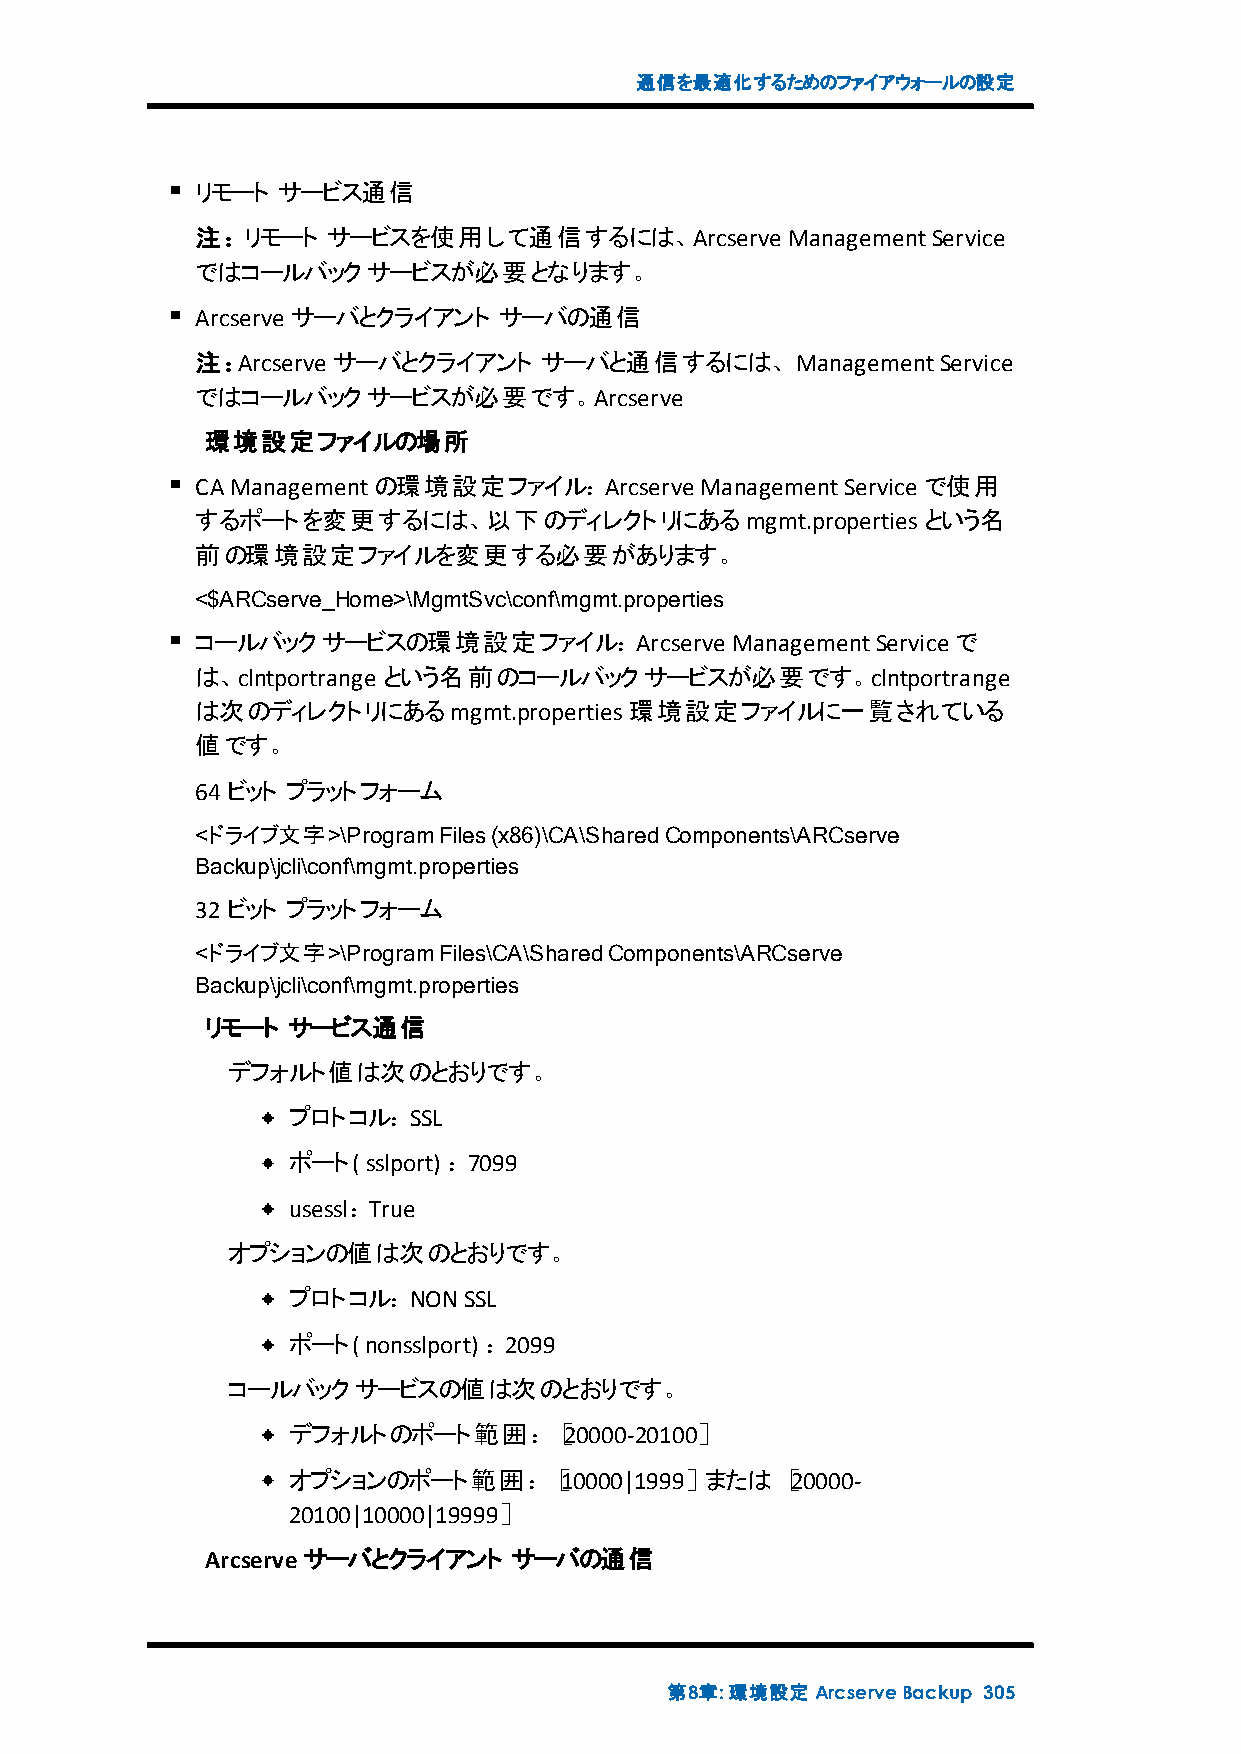
通信を最適化するためのファイアウォールの設定
 リモート サービス通信
 注：リモート   サービスを使用して通信するには、Arcserve      ManagementService
 ではコールバックサービスが必要となります。
 Arcserve サーバとクライアント サーバの通信
 注：Arcserve サーバとクライアント  サーバと通信するには、ManagementService
 ではコールバックサービスが必要です。Arcserve
 環境設定ファイルの場所
 CAManagementの環境設定ファイル：Arcserve   ManagementService で使用
 するポートを変更するには、以下のディレクトリにあるmgmt.propertiesという名
 前の環境設定ファイルを変更する必要があります。
 <$ARCserve_Home>\MgmtSvc\conf\mgmt.properties
 コールバックサービスの環境設定ファイル：Arcserve       ManagementService で
 は、clntportrange という名前のコールバックサービスが必要です。clntportrange
 は次のディレクトリにあるmgmt.properties環境設定ファイルに一覧されている
 値です。
 64ビット プラットフォーム
 <ドライブ文字>\ProgramFiles(x86)\CA\SharedComponents\ARCserve
 Backup\jcli\conf\mgmt.properties
 32ビット プラットフォーム
 <ドライブ文字>\ProgramFiles\CA\SharedComponents\ARCserve
 Backup\jcli\conf\mgmt.properties
 リモート サービス通信
 デフォルト値は次のとおりです。
 プロトコル：SSL
 ポート( sslport) ：7099
 usessl：True
 オプションの値は次のとおりです。
 プロトコル：NONSSL
 ポート( nonsslport) ：2099
 コールバックサービスの値は次のとおりです。
 デフォルトのポート範囲：［20000-20100］
 オプションのポート範囲：［10000|1999］または［20000-
 20100|10000|19999］
 Arcserveサーバとクライアント  サーバの通信
 第8章:環境設定ArcserveBackup 305